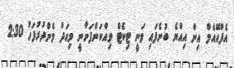
އެފްއޭއެމް އިން އިއްޔެ ބުނެފައި ވަނީ ޓިކެޓް ވިއްކަންފަށާނީ މިއަދު މެންދުރުފަހު 2:30